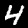
Digit: 4